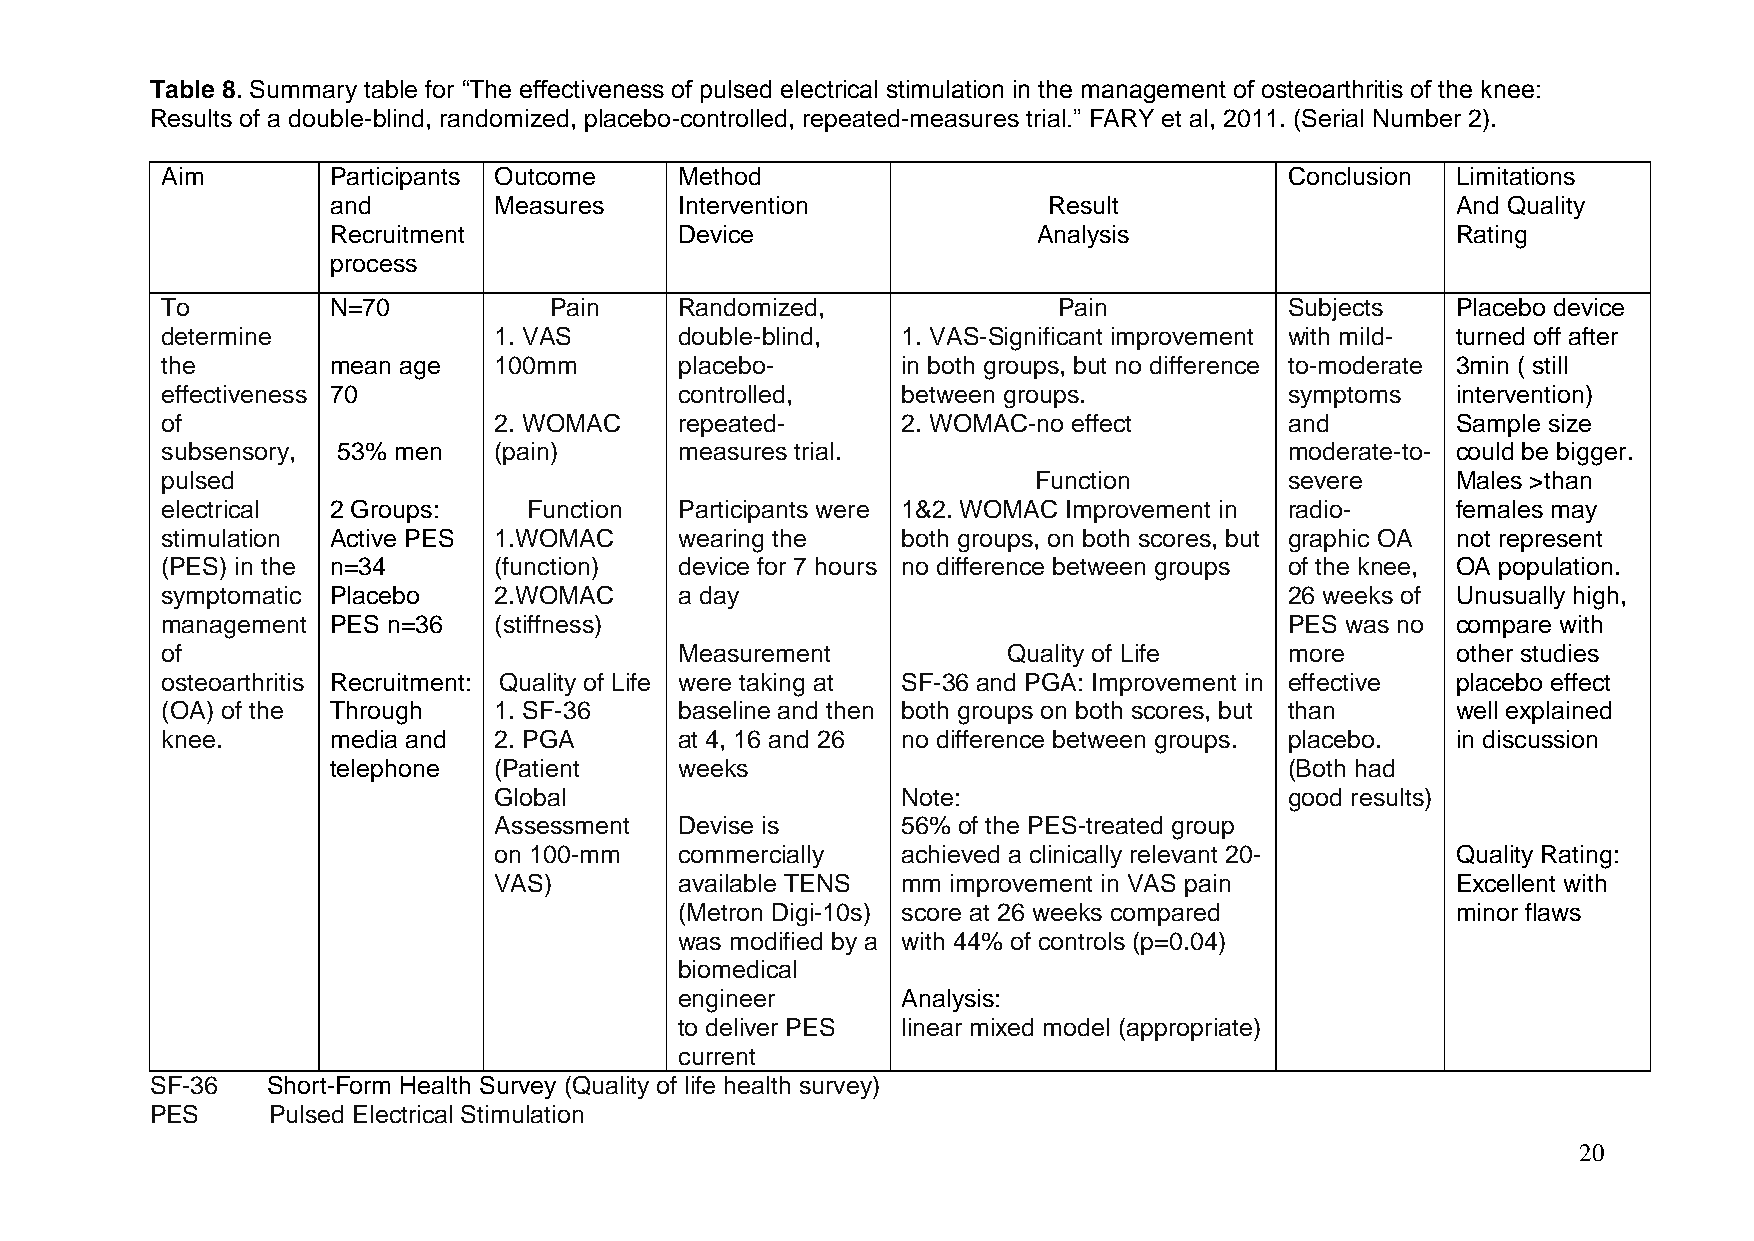
Table 8. Summary table for “The effectiveness of pulsed electrical stimulation in the management of osteoarthritis of the knee:
 Results of a double-blind, randomized, placebo-controlled, repeated-measures trial.” FARY et al, 2011. (Serial Number 2).
 Aim        Participants Outcome   Method                                  Conclusion Limitations
 and        Measures    Intervention            Result                     And Quality
 Recruitment            Device                  Analysis                   Rating
 process
 To         N=70          Pain     Randomized,              Pain           Subjects   Placebo device
 determine             1. VAS      double-blind,  1. VAS-Significant improvement with mild- turned off after
 the        mean age   100mm       placebo-       in both groups, but no difference to-moderate 3min ( still
 effectiveness 70                  controlled,    between groups.          symptoms   intervention)
 of                    2. WOMAC    repeated-      2. WOMAC-no effect       and        Sample size
 subsensory, 53% men   (pain)      measures trial.                         moderate-to- could be bigger.
 pulsed                                                    Function        severe     Males >than
 electrical 2 Groups:    Function  Participants were 1&2. WOMAC Improvement in radio- females may
 stimulation Active PES 1.WOMAC    wearing the    both groups, on both scores, but graphic OA not represent
 (PES) in the n=34     (function)  device for 7 hours no difference between groups of the knee, OA population.
 symptomatic Placebo   2.WOMAC     a day                                   26 weeks of Unusually high,
 management PES n=36   (stiffness)                                         PES was no compare with
 of                                Measurement           Quality of Life   more       other studies
 osteoarthritis Recruitment: Quality of Life were taking at SF-36 and PGA: Improvement in effective placebo effect
 (OA) of the Through   1. SF-36    baseline and then both groups on both scores, but than well explained
 knee.      media and  2. PGA      at 4, 16 and 26 no difference between groups. placebo. in discussion
 telephone  (Patient    weeks                                   (Both had
 Global                     Note:                    good results)
 Assessment  Devise is      56% of the PES-treated group
 on 100-mm   commercially   achieved a clinically relevant 20-  Quality Rating:
 VAS)        available TENS mm improvement in VAS pain          Excellent with
 (Metron Digi-10s) score at 26 weeks compared       minor flaws
 was modified by a with 44% of controls (p=0.04)
 biomedical
 engineer       Analysis:
 to deliver PES linear mixed model (appropriate)
 current
 SF-36   Short-Form Health Survey (Quality of life health survey)
 PES     Pulsed Electrical Stimulation
 20